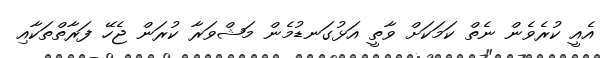
އެއީ ކުރެވެން ނެތް ކަމަކަށް ވާތީ އަޅުގަނޑުމެން މަޝްވަރާ ކުރަން ޖެހޭ ފަރާތްތަކާއި